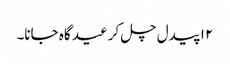
۱۲ پیدل چل کر عید گاہ جانا۔